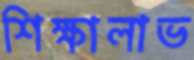
শিক্ষালাভ